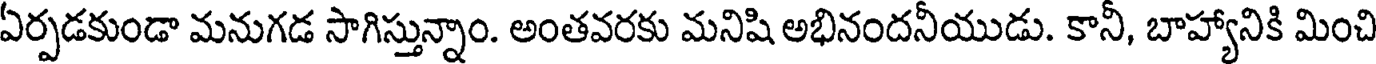
ఏర్పడకుండా మనుగడ సాగిస్తున్నాం. అంతవరకు మనిషి అభినందనీయుడు. కానీ, బాహ్యానికి మించి